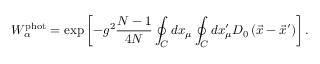
W _ { \alpha } ^ { \mathrm { p h o t } } = \exp \left[ - g ^ { 2 } \frac { N - 1 } { 4 N } \oint _ { C } ^ { } d x _ { \mu } \oint _ { C } ^ { } d x _ { \mu } ^ { \prime } D _ { 0 } \left( \vec { x } - \vec { x } ^ { \prime } \right) \right] .